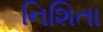
નિશિતા